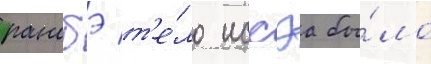
ранобэ т'е́ло иссэа бы́ло